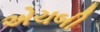
એચબી